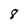
Character: 8